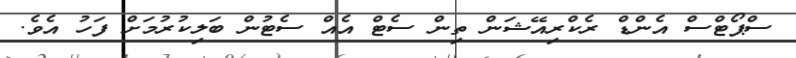
ސްޕޯޓްސް އެންޑް ރެކްރިއޭޝަން ތިން ސެޓް އެއް ސެޓުން ބަލިކުރުމަށް ފަހު އެވެ.